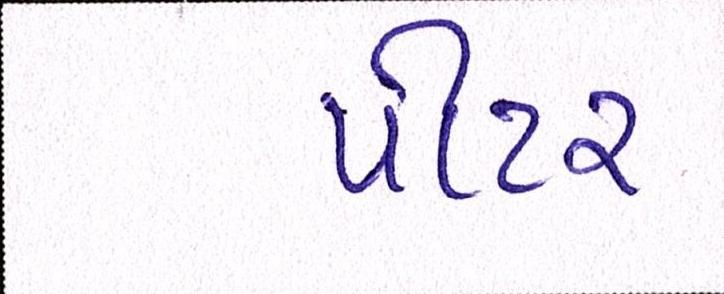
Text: પીટર